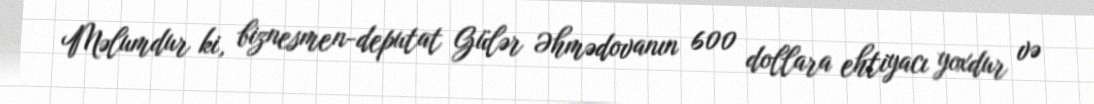
Məlumdur ki, biznesmen-deputat Gülər Əhmədovanın 600 dollara ehtiyacı yoxdur və